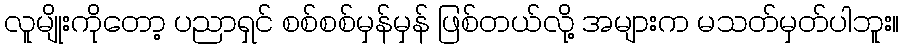
လူမျိုးကိုတော့ ပညာရှင် စစ်စစ်မှန်မှန် ဖြစ်တယ်လို့ အများက မသတ်မှတ်ပါဘူး။